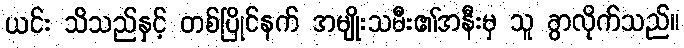
ယင်း သိသည်နှင့် တစ်ပြိုင်နက် အမျိုးသမီး၏အနီးမှ သူ ခွာလိုက်သည်။